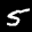
Label: 5